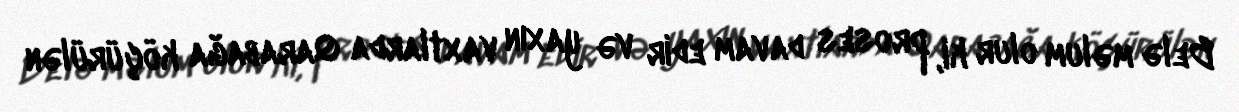
Belə məlum olur ki, proses davam edir və yaxın vaxtlarda Qarabağa köçürülən